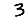
Digit: 3